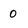
Character: 0